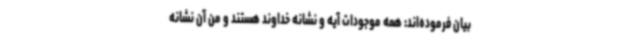
بیان فرموده‌اند: همه موجودات آیه و نشانه خداوند هستند و من آن نشانه